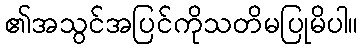
၏အသွင်အပြင်ကိုသတိမပြုမိပါ။